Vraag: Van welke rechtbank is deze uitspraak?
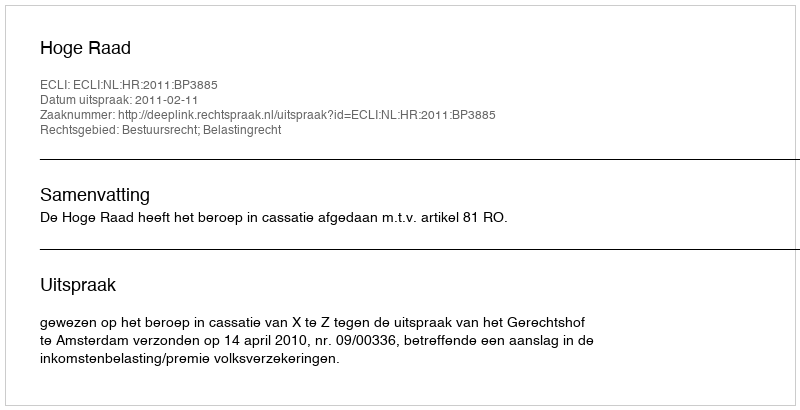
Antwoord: Hoge Raad